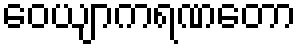
ဝေယျာကရဏတော